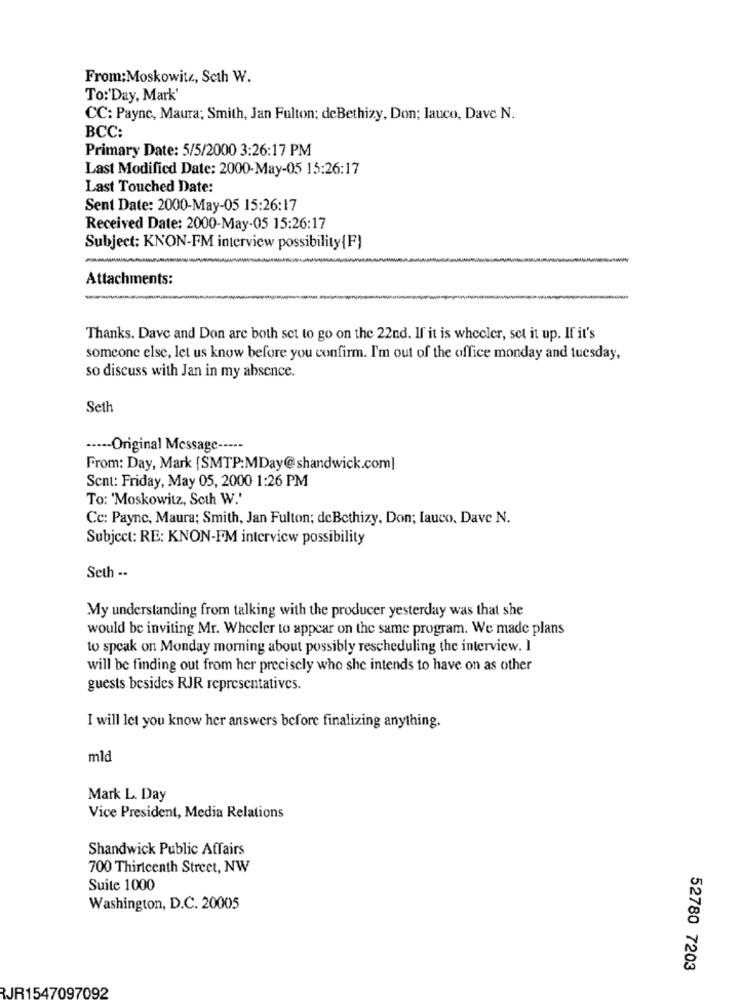
From:Moskowitz, Seth W.
To:'Day, Mark'
CC: Payne, Maura; Smith, Jan Fulton; deBethizy, Don; lauco, Dave N.
BCC:
Primary Date: 5/5/2000 3:26:17 PM
Last Modified Date: 2000-May-05 15:26:17
Last Touched Date:
Sent Date: 2000-May-05 15:26:17
Received Date: 2000-May-05 15:26:17
Subject: KNON-FM interview possibility{F}
Attachments:
-
Thanks. Dave and Don are both set to go on the 22nd. If it is wheeler, set it up. If it's
someone else, let us know before you confirm. I'm out of the office monday and tuesday,
so discuss with Jan in my absence.
Seth
----- Original Message -----
From: Day, Mark [SMTP:MDay@shandwick.com]
Sent: Friday, May 05, 2000 1:26 PM
To: 'Moskowitz, Seth W.'
Cc: Payne, Maura; Smith, Jan Fulton; deBethizy, Don; [auco, Dave N.
Subject: RE: KNON-FM interview possibility
Seth --
My understanding from talking with the producer yesterday was that she
would be inviting Mr. Wheeler to appear on the same program. We made plans
to speak on Monday morning about possibly rescheduling the interview. I
will be finding out from her precisely who she intends to have on as other
guests besides RJR representatives.
I will let you know her answers before finalizing anything.
mld
Mark L. Day
Vice President, Media Relations
Shandwick Public Affairs
700 Thirteenth Street, NW
Suite 1000
Washington, D.C. 20005
52780 7203
RJR1547097092